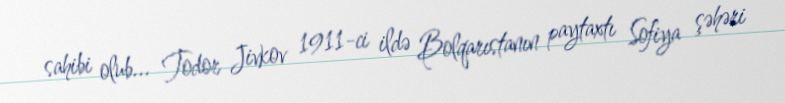
sahibi olub... Todor Jivkov 1911-ci ildə Bolqarıstanın paytaxtı Sofiya şəhəri